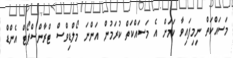
މަސައްކަތް ނިމިފައިވާ ކަމަށް އެ މަސައްކަތް ކުރަމުން އަންނަ މޯލްޑިވްސް ޓްރާންސްޕޯޓް އެންޑް